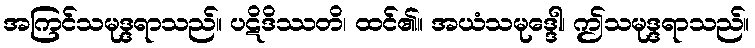
အကြင်သမုဒ္ဒရာသည်။ ပဋိဒိဿတိ၊ ထင်၏။ အယံသမုဒ္ဒေါ၊ ဤသမုဒ္ဒရာသည်။